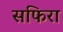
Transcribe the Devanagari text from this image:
सफिरा